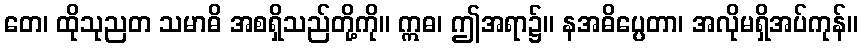
တေ၊ ထိုသုညတ သမာဓိ အစရှိသည်တို့ကို။ ဣဓ၊ ဤအရာ၌။ နအဓိပ္ပေတာ၊ အလိုမရှိအပ်ကုန်။